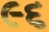
૯૬